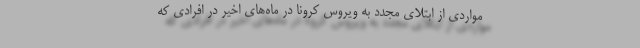
مواردی از ابتلای مجدد به ویروس کرونا در ماه‌های اخیر در افرادی که